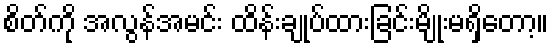
စိတ်ကို အလွန်အမင်း ထိန်းချုပ်ထားခြင်းမျိုးမရှိတော့။